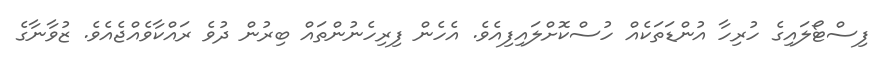
ފިސްޓޯލައިގެ ހުރިހާ އުންޑަތަކެއް ހުސްކޮށްލައިފިއެވެ. އެހެން ފިރިހެނުންތައް ބިރުން ދުވެ ރައްކާވެއްޖެއެވެ. ޒުވާނާގެ